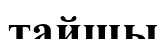
тайшы